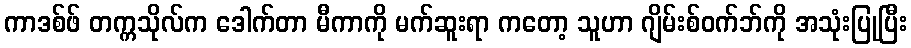
ကာဒစ်ဖ် တက္ကသိုလ်က ဒေါက်တာ မီကာကို မက်ဆူးရာ ကတော့ သူဟာ ဂျိမ်းစ်ဝက်ဘ်ကို အသုံးပြုပြီး